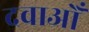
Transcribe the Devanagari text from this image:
दवाओँ